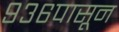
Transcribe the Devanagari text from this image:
९३६पासून